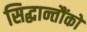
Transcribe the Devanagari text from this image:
सिद्धान्तौंको